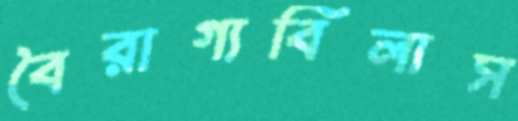
বৈরাগ্যবিলাস